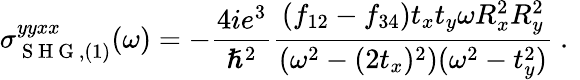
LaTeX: \sigma_{\mathrm{~S~H~G~},(1)}^{yyxx}(\omega)=-\frac{4ie^{3}}{\hslash^{2}}\frac{(f_{12}-f_{34})t_{x}t_{y}\omega R_{x}^{2}R_{y}^{2}}{(\omega^{2}-(2t_{x})^{2})(\omega^{2}-t_{y}^{2})}\mathrm{~.~}